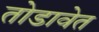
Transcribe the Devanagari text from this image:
तोडावेत